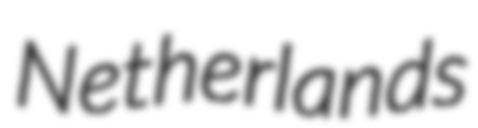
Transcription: Netherlands